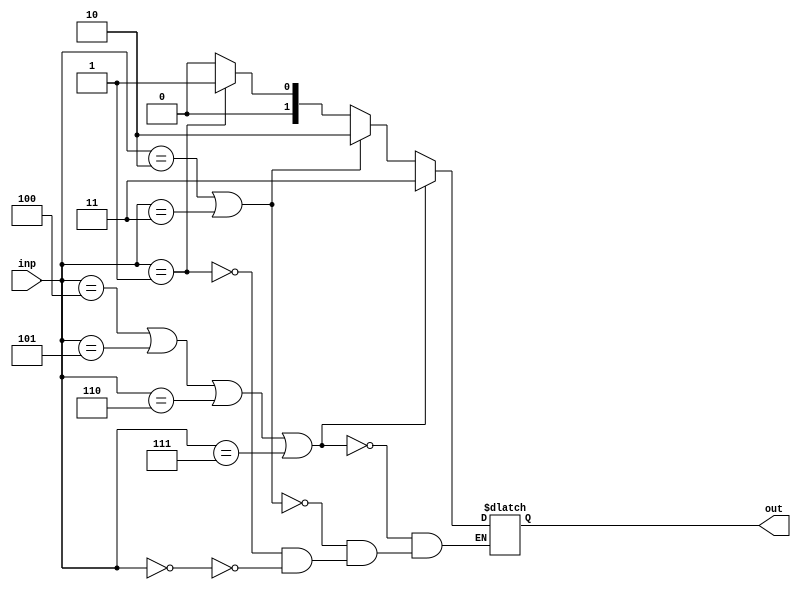
module PE_3(inp, out);
input [2:0] inp; // input 
wire [2:0] inp; // input acts like a wire
output [1:0] out; // output declared
reg [1:0]out;
wire y; // storing temp

always@ (inp) // if else based on truth table
		begin
		if( inp == 3'b000)
		begin
			out <= 2'b00;
			end
		if( inp == 3'b001 )
		begin
			out <= 2'b01;
			end
		if( inp == 3'b010 || inp == 3'b011)
		begin
			out <= 2'b10;
			end
		if( inp == 3'b100 || inp == 3'b101 || inp == 3'b110 || inp == 3'b111 )
		begin
			out <= 2'b11;
			end
		end


endmodule